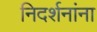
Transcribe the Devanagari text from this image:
निदर्शनांना